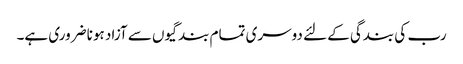
رب کی بندگی کے لئے دوسری تمام بندگیوں سے آزاد ہونا ضروری ہے۔